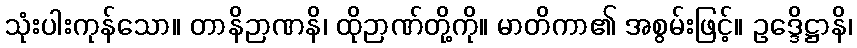
သုံးပါးကုန်သော။ တာနိဉာဏနိ၊ ထိုဉာဏ်တို့ကို။ မာတိကာ၏ အစွမ်းဖြင့်။ ဥဒ္ဒေိဋ္ဌာနိ၊